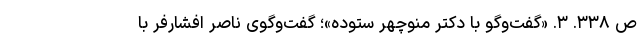
ص ۳۳۸. ۳. «گفت‌وگو با دکتر منوچهر ستوده»؛ گفت‌وگوی ناصر افشارفر با